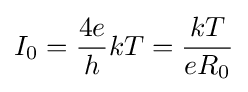
I_{0}={\frac {4e}{h}}kT={\frac {kT}{eR_{0}}}